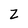
Character: z